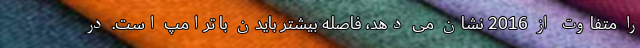
را متفاوت از 2016 نشان می دهد، فاصله بیشتر بایدن با ترامپ است. در